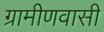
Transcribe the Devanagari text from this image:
ग्रामीणवासी